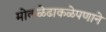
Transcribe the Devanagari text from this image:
मोकळेढाकळेपणाने